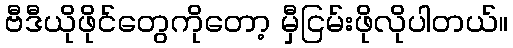
ဗီဒီယိုဖိုင်တွေကိုတော့ မှီငြမ်းဖိုလိုပါတယ်။